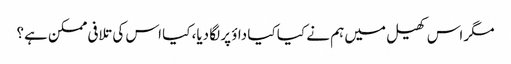
مگر اس کھیل میں ہم نے کیا کیا داؤ پر لگا دیا، کیا اس کی تلافی ممکن ہے؟